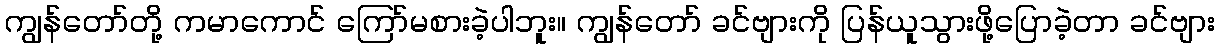
ကျွန်တော်တို့ ကမာကောင် ကြော်မစားခဲ့ပါဘူး။ ကျွန်တော် ခင်ဗျားကို ပြန်ယူသွားဖို့ပြောခဲ့တာ ခင်ဗျား